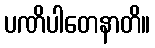
ပဏိပါတေနာတိ။